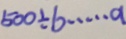
5 0 0 \div b \cdots a